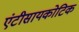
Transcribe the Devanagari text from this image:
एंटीसायकोटिक